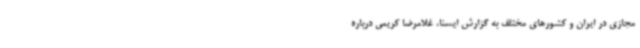
مجازی در ایران و کشورهای مختلف به گزارش ایسنا، غلامرضا کریمی درباره